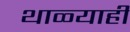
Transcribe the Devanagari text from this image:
थाळ्याही